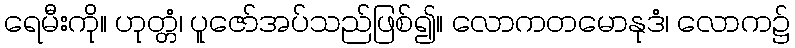
ရေမီးကို။ ဟုတ္တံ၊ ပူဇော်အပ်သည်ဖြစ်၍။ လောကတမောနုဒံ၊ လောက၌